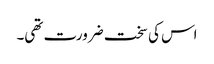
اس کی سخت ضرورت تھی۔